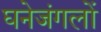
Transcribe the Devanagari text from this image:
घनेजंगलों